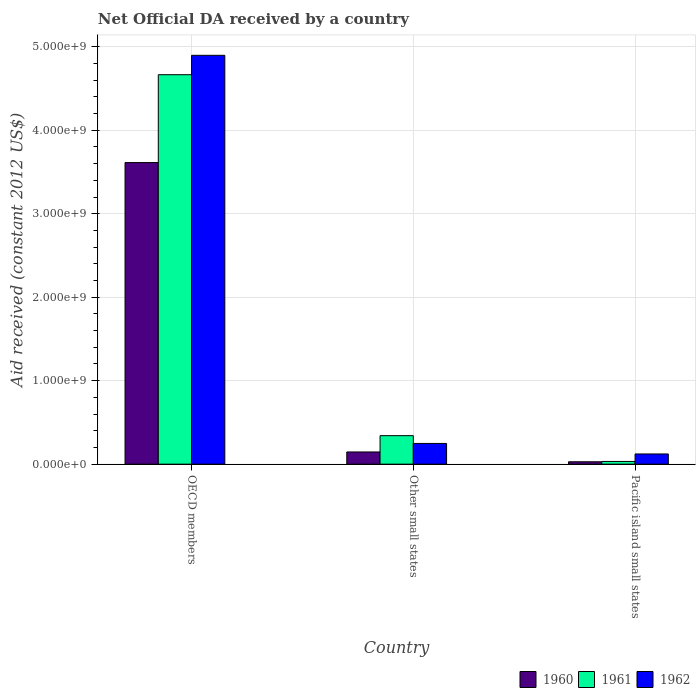
| Country | 1960 | 1961 | 1962 |
 | --- | --- | --- | --- |
 | OECD members | 3.61e+09 | 4.67e+09 | 4.9e+09 |
 | Other small states | 1.46e+08 | 3.41e+08 | 2.48e+08 |
 | Pacific island small states | 2.87e+07 | 3.25e+07 | 1.22e+08 |